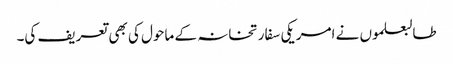
طالبعلموں نے امریکی سفارتخانہ کے ماحول کی بھی تعریف کی۔